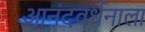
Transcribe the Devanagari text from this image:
आनंदवर्धनाला